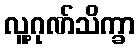
လူ့ဂုဏ်သိက္ခာ